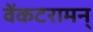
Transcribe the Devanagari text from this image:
वेंकटरामन्